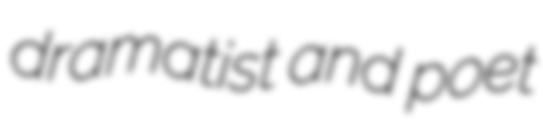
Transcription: dramatist and poet